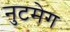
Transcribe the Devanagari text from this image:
नुटमेग